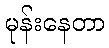
မုန်းနေတာ